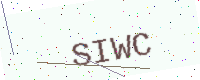
Text: SIWC